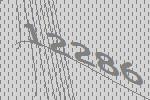
12286